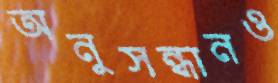
অনুসন্ধানও